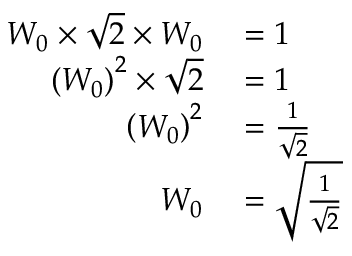
\begin{array} { r l } { W _ { 0 } \times { \sqrt { 2 } } \times W _ { 0 } } & { { } = 1 } \\ { \left( W _ { 0 } \right) ^ { 2 } \times { \sqrt { 2 } } } & { { } = 1 } \\ { \left( W _ { 0 } \right) ^ { 2 } } & { { } = { \frac { 1 } { \sqrt { 2 } } } } \\ { W _ { 0 } } & { { } = { \sqrt { \frac { 1 } { \sqrt { 2 } } } } } \end{array}